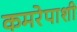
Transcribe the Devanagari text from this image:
कमरेपाशी